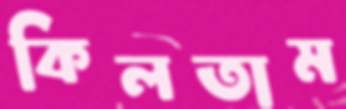
কিলতাম